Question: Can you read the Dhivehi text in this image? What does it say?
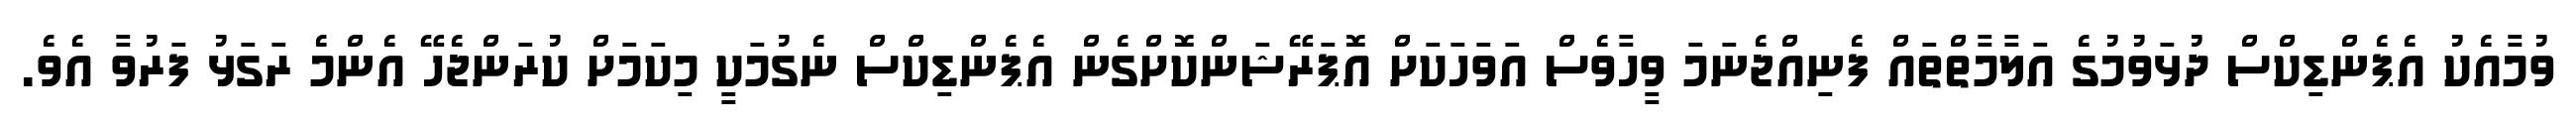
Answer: ވުމާއެކު އެޕެންޑިކްސް ދުޅަވުމުގެ އަލާމާތްތައް ފެނިއްޖެނަމަ ވީހާވެސް އަވަހަކަށް އޮޕަރޭޝަންކޮށްގެން އެޕެންޑިކްސް ނެގުމަކީ މިކަމަށް ކުރަންޖެހޭ އެންމެ ރަގަޅު ފަރުވާ އެވެ.